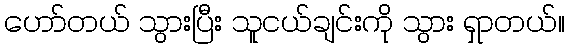
ဟော်တယ် သွားပြီး သူငယ်ချင်းကို သွား ရှာတယ်။